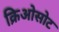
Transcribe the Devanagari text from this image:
क्रिओसोट